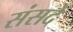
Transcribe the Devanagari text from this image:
संसदे